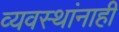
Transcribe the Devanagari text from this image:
व्यवस्थांनाही